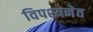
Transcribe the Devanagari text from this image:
विपश्यनेत